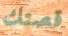
قصتك